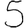
Digit: 5